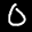
Label: 0